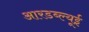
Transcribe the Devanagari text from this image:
आरडब्ल्यूई